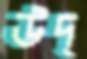
উদ্